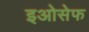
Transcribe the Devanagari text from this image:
इओसेफ